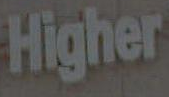
Higher